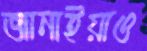
জানাইয়াও